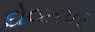
દોલતપર